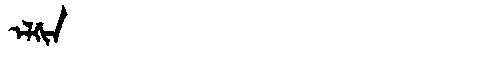
Manchu: ᡝᠯᡤᡳᠨ
Romanization: ELGIN